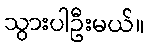
သွားပါဦးမယ်။